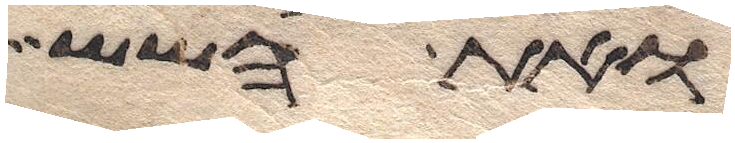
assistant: ואת השש